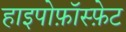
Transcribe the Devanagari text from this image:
हाइपोफ़ॉस्फ़ेट